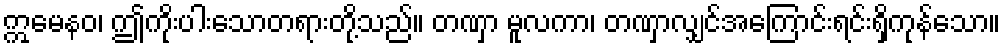
ဣမေနဝ၊ ဤကိုးပါးသောတရားတို့သည်။ တဏှာ မူလကာ၊ တဏှာလျှင်အကြောင်းရင်းရှိကုန်သော။